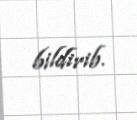
bildirib.